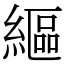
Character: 䌔